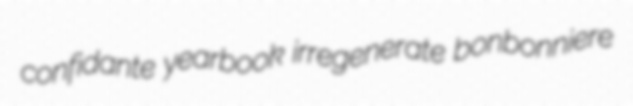
confidante yearbook irregenerate bonbonniere